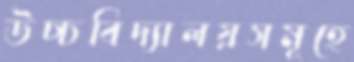
উচ্চবিদ্যালয়সমূহে